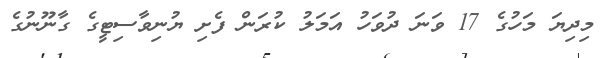
މިދިޔަ މަހުގެ 17 ވަނަ ދުވަހު އަމަލު ކުރަން ފެށި ޔުނިވާސިޓީގެ ގާނޫނުގެ